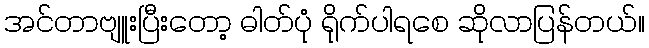
အင်တာဗျူးပြီးတော့ ဓါတ်ပုံ ရိုက်ပါရစေ ဆိုလာပြန်တယ်။